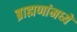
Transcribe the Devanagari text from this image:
ब्राह्मणांमध्यें